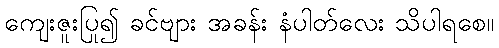
ကျေးဇူးပြု၍ ခင်ဗျား အခန်း နံပါတ်လေး သိပါရစေ။